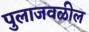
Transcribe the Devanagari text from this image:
पुलाजवळील